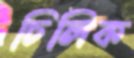
চিলিক